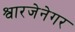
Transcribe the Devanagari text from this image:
श्वारजेनेगर